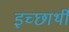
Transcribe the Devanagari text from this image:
इच्छार्थी